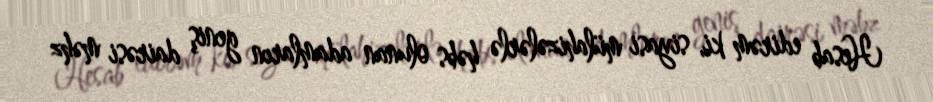
Hesab edirəm ki, siyasi mülahizələrlə həbs olunan adamların geniş dairəsi məhz